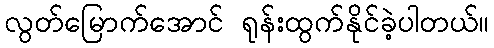
လွတ်မြောက်အောင် ရုန်းထွက်နိုင်ခဲ့ပါတယ်။